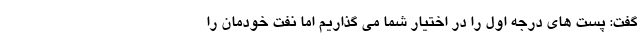
گفت: پست های درجه اول را در اختیار شما می گذاریم اما نفت خودمان را